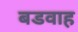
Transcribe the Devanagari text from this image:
बडवाह